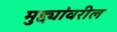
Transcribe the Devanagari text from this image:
मुद्द्यांवरील